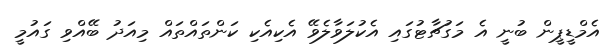
އެމްޑީޕީން ބުނީ އެ މަގުޗާޓުގައި އެކުލަވާލެވޭ އެކިއެކި ކަންތައްތައް މިއަދު ބޭއްވި ގައުމީ